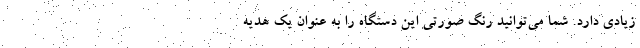
زیادی دارد. شما می‌توانید رنگ صورتی این دستگاه را به عنوان یک هدیه